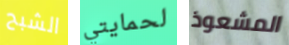
الشبح لحمايتي المشعوذ